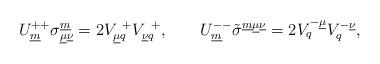
LaTeX: \begin{align*} U^{++}_{\underline{m}}\sigma^{\underline{m}}_{\underline{\mu}\underline{\nu}}= 2V_{\underline{\mu}q}^{~+}V^{~+}_{\underline{\nu}q}, \qquad U^{--}_{\underline{m}}\tilde{\sigma}^{\underline{m}\underline{\mu}\underline{\nu}}= 2V^{-\underline{\mu}}_{q}V_{q}^{-\underline{\nu}}, \qquad\end{align*}